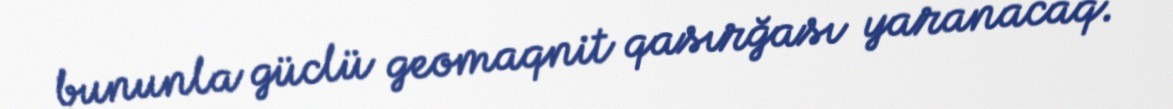
bununla güclü geomaqnit qasırğası yaranacaq.